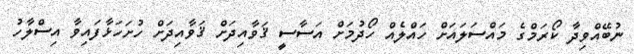
ނުބޭއްވިދާ ކޯރަމްގެ މައްސަލައަށް ހައްލެއް ހޯދުމަށް އަސާސީ ޤަވާއިދަށް ޤަވާއިދަށް ހުށަހަޅާފައިވާ އިސްލާހު